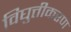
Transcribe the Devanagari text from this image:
विघुत्तीकरण